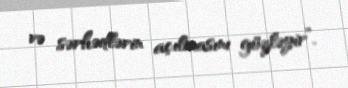
və sərhədlərin açılmasını gözləyir”.